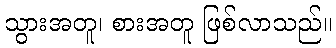
သွားအတူ၊ စားအတူ ဖြစ်လာသည်။